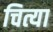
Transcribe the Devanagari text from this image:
चित्या